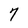
Character: 7